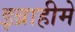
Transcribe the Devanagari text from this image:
इब्राहीमे